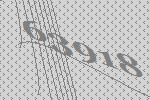
63918